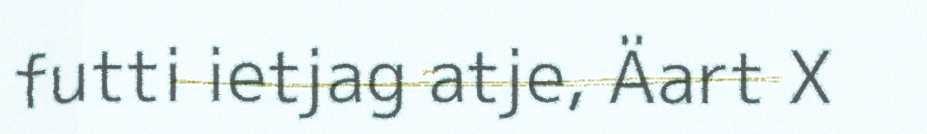
futti ietjag atje, Äart X